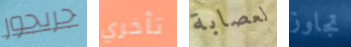
جريجور تأخري لعصابة تجاوز